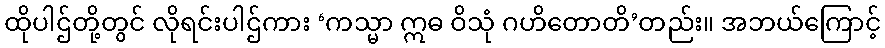
ထိုပါဌ်တို့တွင် လိုရင်းပါဌ်ကား ‘ကသ္မာ ဣဓ ဝိသုံ ဂဟိတောတိ’တည်း။ အဘယ်ကြောင့်